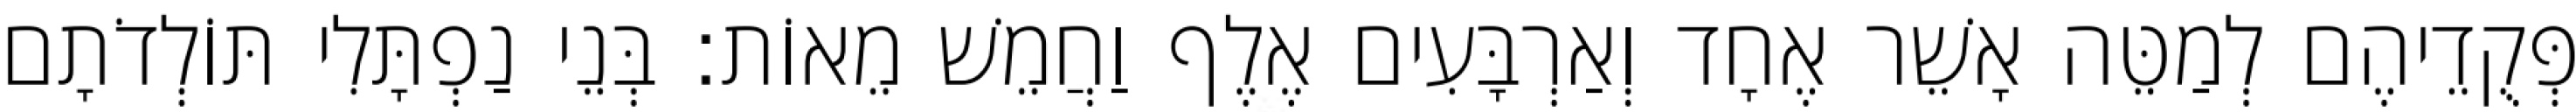
פְּקֻדֵיהֶם לְמַטֵּה אָשֵׁר אֶחָד וְאַרְבָּעִים אֶלֶף וַחֲמֵשׁ מֵאוֹת׃ בְּנֵי נַפְתָּלִי תּוֹלְדֹתָם